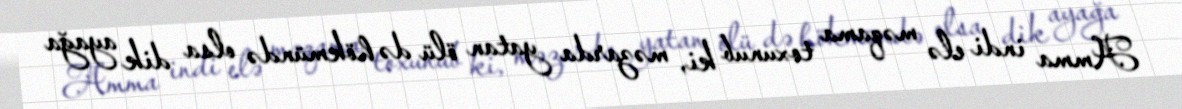
Amma indi elə məqama toxunub ki, məzarda yatan ölü də hökmündə olsa dik ayağa